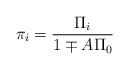
\begin{align*} \pi_i=\frac{\Pi_i}{1\mp A\Pi_0}\end{align*}